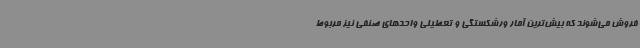
فروش می‌شوند که بیش‌ترین آمار ورشکستگی و تعطیلی واحدهای صنفی نیز مربوط